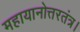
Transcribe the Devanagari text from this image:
महायानोत्तरतंत्र।